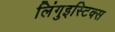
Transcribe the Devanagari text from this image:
लिंगुइस्टिक्स